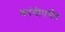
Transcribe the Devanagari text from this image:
कांचीपर्यंत